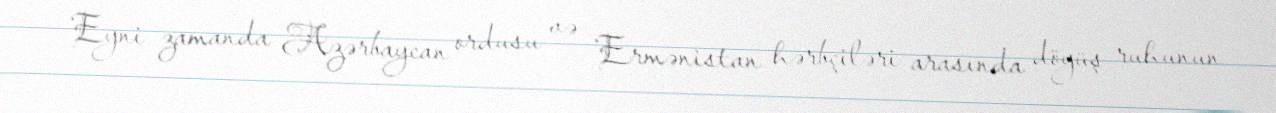
Eyni zamanda Azərbaycan ordusu və Ermənistan hərbçiləri arasında döyüş ruhunun